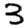
Digit: 3